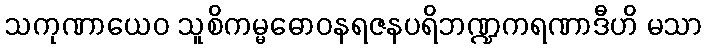
သကုဏာယေဝ သူစိကမ္မဓောဝနရဇနပရိဘဏ္ဍကရဏာဒီဟိ မသာ